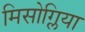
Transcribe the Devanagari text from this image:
मिसोग्लिया